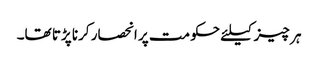
ہر چیز کیلئے حکومت پر انحصار کرنا پڑتا تھا۔